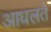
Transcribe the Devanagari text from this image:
आधलते